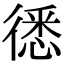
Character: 㣰